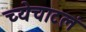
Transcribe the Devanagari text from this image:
च्येचाटलं